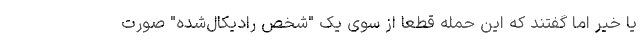
یا خیر اما گفتند که این حمله قطعا از سوی یک "شخص رادیکال‌شده" صورت